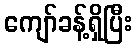
ကျော်ခန့်ရှိပြီး